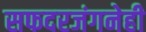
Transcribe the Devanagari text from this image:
सफदरजंगनेही